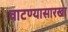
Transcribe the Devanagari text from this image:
वाटण्यासारखा